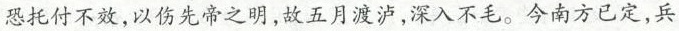
恐托付不效，以伤先帝之明，故五月渡泸，深入不毛。今南方已定，兵